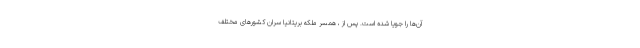
آن‌ها را جویا شده است. پس از ، همسر ملکه بریتانیا سران کشورهای مختلف